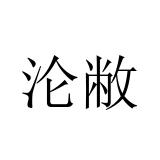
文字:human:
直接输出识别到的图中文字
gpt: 沦敝